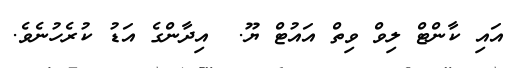
އައި ކާންޓް ލިވް ވިތް އައުޓް ޔޫ.  އިދާންގެ އަޑު ކުރެހުނެވެ.